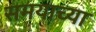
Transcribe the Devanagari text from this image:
समयाच्या